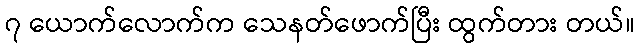
၇ ယောက်လောက်က သေနတ်ဖောက်ပြီး ထွက်တား တယ်။